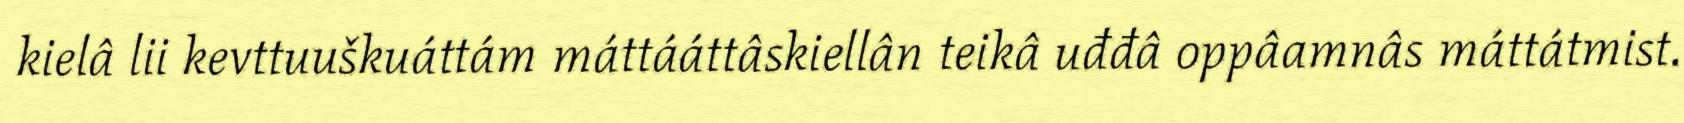
kielâ lii kevttuuškuáttám máttááttâskiellân teikâ uđđâ oppâamnâs máttátmist.